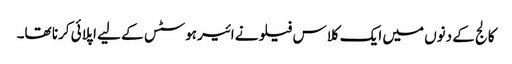
کالج کے دنوں میں ایک کلاس فیلو نے ائیرہوسٹس کے لیے اپلائی کرنا تھا۔